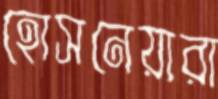
হোসনেয়ারা